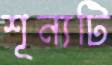
শূন্যটি